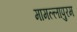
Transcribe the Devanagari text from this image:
मामल्लापुरम